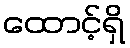
ထောင့်ရှိ